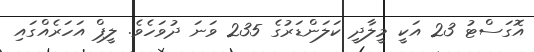
އޮގަސްޓު 23 އަކީ މީލާދީ ކަލަންޑަރުގެ 235 ވަނަ ދުވަހެވެ. ލީޕް އަހަރެއްގައި